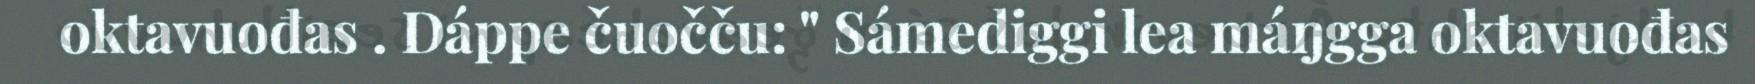
oktavuođas . Dáppe čuočču: " Sámediggi lea máŋgga oktavuođas